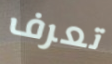
تعرف